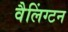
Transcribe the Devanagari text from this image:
वैलिंग्टन